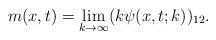
\begin{align*}m(x,t)=\lim_{k \rightarrow \infty} (k\psi (x,t;k))_{12}.\end{align*}